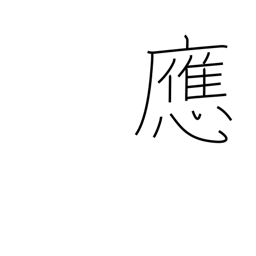
Meaning: reply